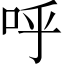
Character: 呼